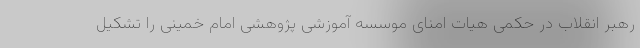
رهبر انقلاب در حکمی هیات امنای موسسه آموزشی پژوهشی امام خمینی را تشکیل